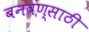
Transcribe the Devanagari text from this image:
बनवण्साठी